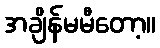
အချိန်မမီတော့။